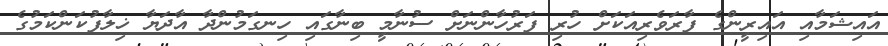
އައިޝަމާއި އައިރީންގެ ފާރަވެރިއަކަށް ހުރި ފަރުހާންނަށް ސުނާމީ ބިނާގައި ހިނގަމުންދާ އާދަޔާ ޚިލާފުކަންކަމުގެ